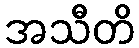
အသီတိ